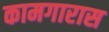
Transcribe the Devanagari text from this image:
कामगारास